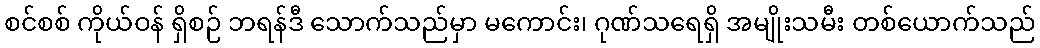
စင်စစ် ကိုယ်ဝန် ရှိစဉ် ဘရန်ဒီ သောက်သည်မှာ မကောင်း၊ ဂုဏ်သရေရှိ အမျိုးသမီး တစ်ယောက်သည်